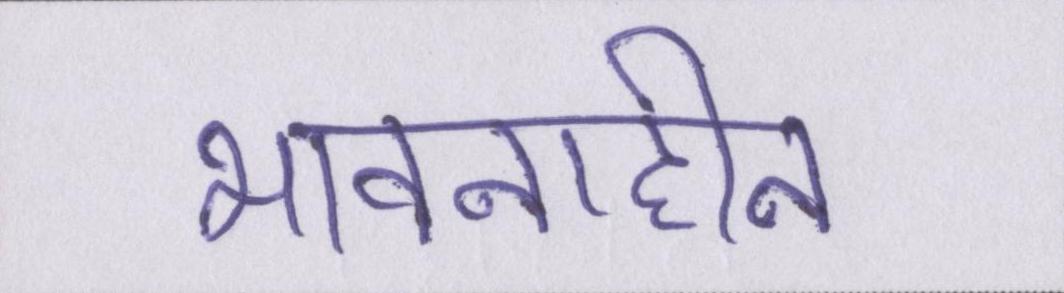
भावनाहीन